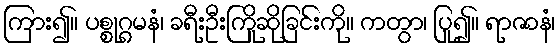
ကြား၍။ ပစ္စုဂ္ဂမနံ၊ ခရီးဦးကြိုဆိုခြင်းကို။ ကတွာ၊ ပြု၍။ ရာဇာနံ၊